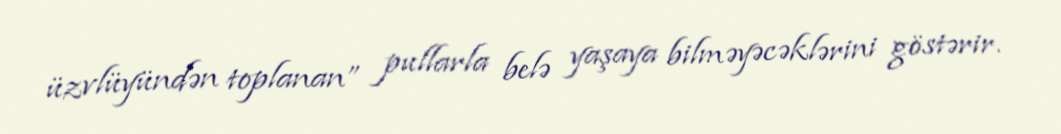
üzvlüyündən toplanan” pullarla belə yaşaya bilməyəcəklərini göstərir.